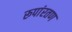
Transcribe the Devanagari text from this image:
रूपांरतण